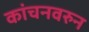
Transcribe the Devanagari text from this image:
कांचनवरुन